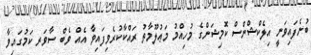
ބުނެފައިވަނީ އިލެކްޝްންސް ކޮމިޝަންގެ މުހިއްމު މަޢުލޫމާތު ރައްކާކުރެވިފައިވާ އެއް ވެބް ސާވަރ ކަމުގައިވާ